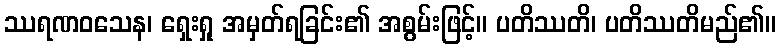
ဿရဏဝသေန၊ ရှေးရှု အမှတ်ရခြင်း၏ အစွမ်းဖြင့်။ ပတိဿတိ၊ ပတိဿတိမည်၏။